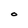
Character: O